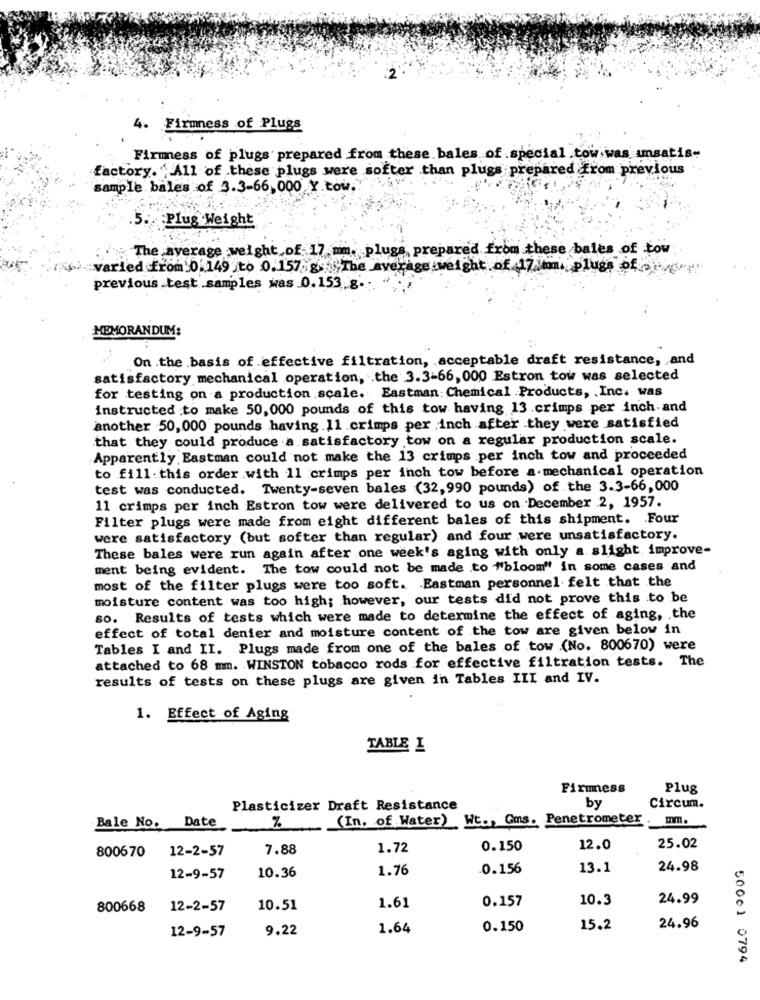
4. Firmness of Plugs
Firmness of plugs prepared from these bales of .special tow was unsatis-
factory. "All of these plugs were softer than plugs prepared from previous
sample bales of 3.3-66,000 Y.tow.
5. Plug Weight
The average weight of 17 mm. plugs prepared from these bales of tow
warled from 0.149 ;to 0.157 8 The average weight of 17mm, pluss of
previous test samples was 0.153.g.
MEMORANDUM:
On .the basis of effective filtration, acceptable draft resistance, and
satisfactory mechanical operation, . the 3.3-66, 000 Estron tow was selected
for testing on a production scale. Eastman: Chemical .Products, , Inc. was
instructed to make 50, 000 pounds of this tow having 13.crimps per inch. and
another 50,000 pounds having .11 .crimps per inch after they were satisfied
that they could produce a satisfactory tow on a regular production scale.
Apparently Eastman could not make the 13 crimps per inch tow and proceeded
to fill this order with 11 crimps per inch tow before a mechanical operation
test was conducted. Twenty-seven bales (32,990 pounds) of the 3.3-66,000
11 crimps per inch Estron tow were delivered to us on December 2, 1957.
Filter plugs were made from eight different bales of this shipment. . Four
were satisfactory (but softer than regular) and four were unsatisfactory.
These bales were run again after one week's aging with only a slight improve-
ment being evident. The tow could not be made to "bloom" in some cases and
most of the filter plugs were too soft. Eastman personnel felt that the
moisture content was too high; however, our tests did not prove this to be
so. Results of tests which were made to determine the effect of aging, the
effect of total denier and moisture content of the tow are given below in
Tables I and II. Plugs made from one of the bales of tow (No. 800670) were
attached to 68 mm. WINSTON tobacco rods for effective filtration tests. The
results of tests on these plugs are given in Tables III and IV.
1. Effect of Aging
TABLE I
Firmness
Plug
Plasticizer Draft Resistance
by
Circum.
(In. of Water) Wt ., Gms. Penetrometer
mm.
Bale No. Date
%
7.88
1.72
0.150
12.0
25.02
800670 12-2-57
1.76
.0.156
13.1
24.98
12-9-57
10.36
1.61
0.157
10.3
24.99
800668
12-2-57
10.51
12-9-57
9.22
1.64
0.150
15.2
24.96
50001 0794